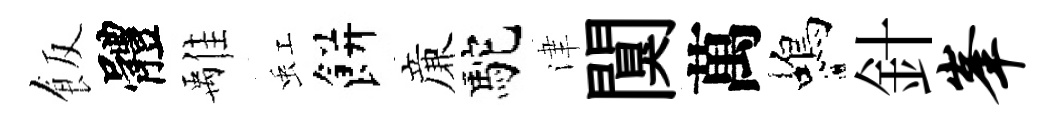
飯體𩀌虹餅亷駝津闃萬蝎針峰